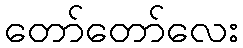
တော်တော်လေး